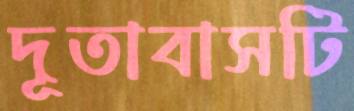
দূতাবাসটি